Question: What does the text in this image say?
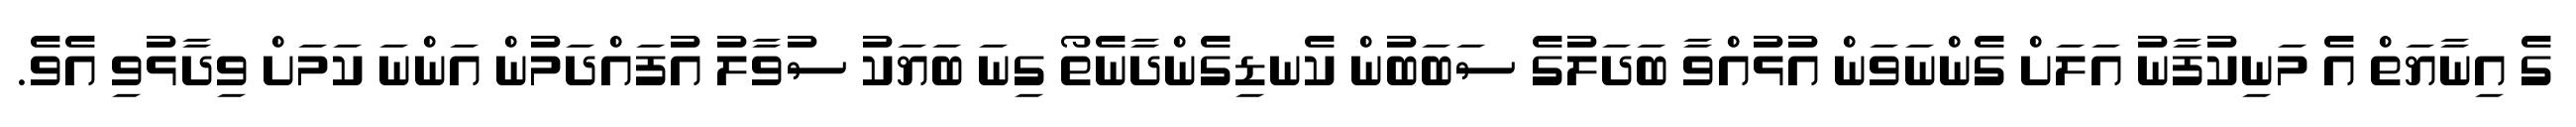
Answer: ގެ އިނާޔަތް އެ މަނިކުފާނު އަލަށް ގެންނަވަން އުޅުއްވާ ބަދަލުގެ ސަބަބުން ކެނޑިގެންދާނެތޯ ގިނަ ބަޔަކު ސުވާލު އުފައްދަމުން އަންނަ ކަމަށް ވިދާޅުވި އެވެ.